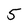
Character: 5